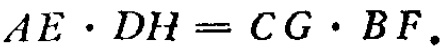
\(AE\cdot DH = CG\cdot BF.\)